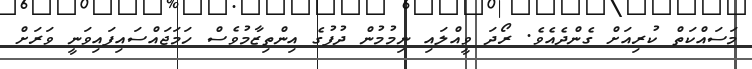
މަސައްކަތް ކުރިއަށް ގެންދެއެވެ. ރޯދަ ވީއްލައި ނިމުމުން ދުފުގެ އިންތިޒާމުވެސް ހަމަޖައްސައިފައިވަނީ ވަރަށް